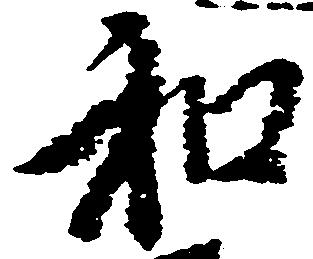
和